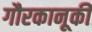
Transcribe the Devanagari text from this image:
गौरकानूकी